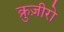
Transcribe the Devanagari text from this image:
क्रुज़ीरो